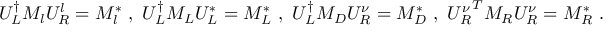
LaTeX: U _ { L } ^ { \dagger } M _ { l } U _ { R } ^ { l } = M _ { l } ^ { * } ~ , ~ U _ { L } ^ { \dagger } M _ { L } U _ { L } ^ { * } = M _ { L } ^ { * } ~ , ~ U _ { L } ^ { \dagger } M _ { D } U _ { R } ^ { \nu } = M _ { D } ^ { * } ~ , ~ { U _ { R } ^ { \nu } } ^ { T } M _ { R } U _ { R } ^ { \nu } = M _ { R } ^ { * } ~ .